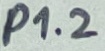
Text: P1.2